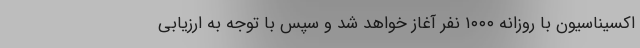
اکسیناسیون با روزانه ۱۰۰۰ نفر آغاز خواهد شد و سپس با توجه به ارزیابی